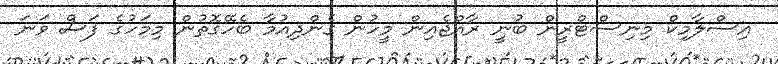
އިސްލާމިކް މިނިސްޓްރީން ބުނީ ރާއްޖެއިން މީހުން ގެންދިއުމާ ބެހޭގޮތުން މިމަހުގެ ފަސް ވަނަ